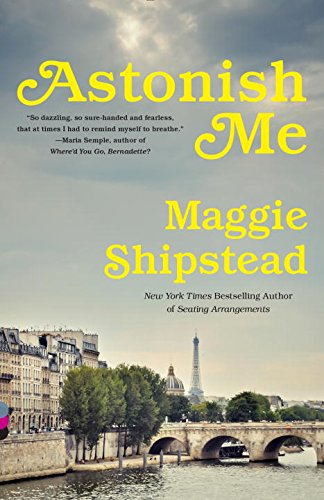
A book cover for Astonish Me (Vintage Contemporaries); Maggie Shipstead; Literature & Fiction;